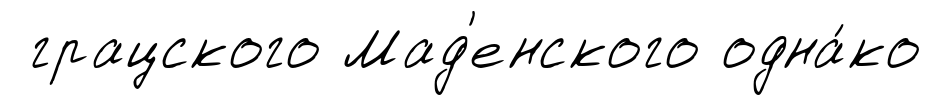
грацского Мад'енского одна́ко